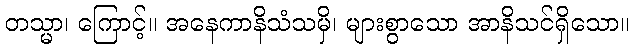
တသ္မာ၊ ကြောင့်။ အနေကာနိသံသမှိ၊ များစွာသော အာနိသင်ရှိသော။